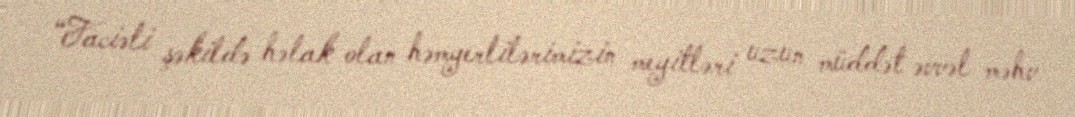
“Faciəli şəkildə həlak olan həmyerlilərimizin meyitləri uzun müddət əvvəl məhv